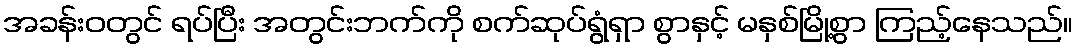
အခန်းဝတွင် ရပ်ပြီး အတွင်းဘက်ကို စက်ဆုပ်ရွံရှာ စွာနှင့် မနှစ်မြို့စွာ ကြည့်နေသည်။